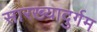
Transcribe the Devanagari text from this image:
सारख्यादुर्गम